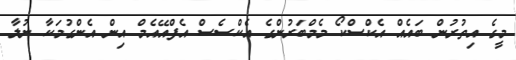
މީގެ އިތުރުން ބައެއް އެކްސްކޯ މެމްބަރުންގެ އެކްސެސް އެފްއޭއެމް އިން އެންގުމަކާ ނުލާ